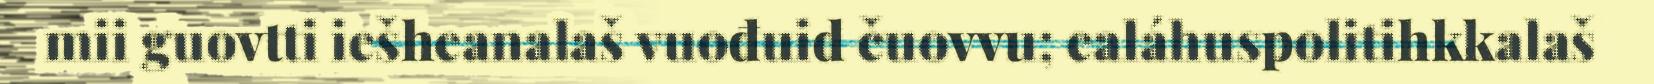
mii guovtti iešheanalaš vuođuid čuovvu; ealáhuspolitihkkalaš